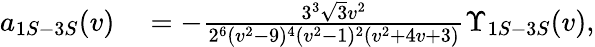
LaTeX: \begin{array}{rl}{a_{1S-3S}(v)}&{{}=-\frac{3^{3}\sqrt{3}v^{2}}{2^{6}(v^{2}-9)^{4}(v^{2}-1)^{2}(v^{2}+4v+3)}\Upsilon_{1S-3S}(v),}\end{array}